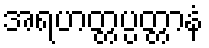
အရဟတ္တပ္ပတ္တာနံ